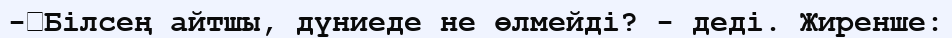
-	Білсең айтшы, дүниеде не өлмейді? - деді. Жиренше: